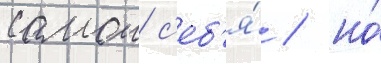
самои с'еб'я́ / но́